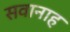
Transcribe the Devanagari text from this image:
सवानाह